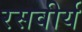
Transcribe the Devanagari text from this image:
रसवीर्य